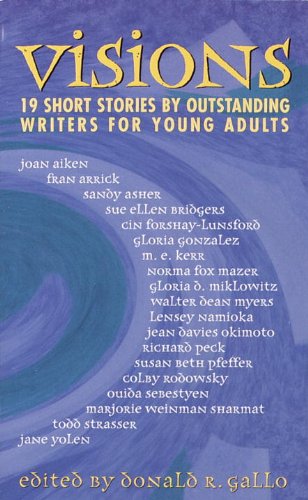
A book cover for Visions: 19 Short Stories; Donald R. Gallo; Teen & Young Adult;